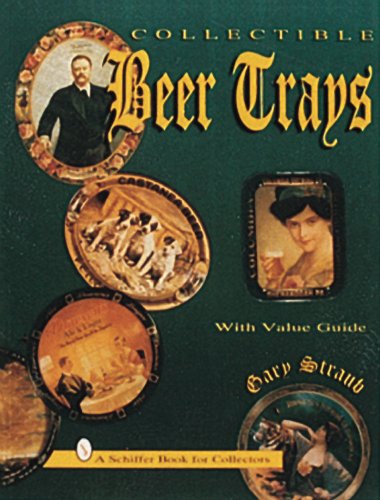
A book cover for Collectible Beer Trays (A Schiffer Book for Collectors); Gary Straub; Crafts, Hobbies & Home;